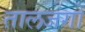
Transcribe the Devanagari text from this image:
तालजंगों